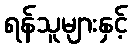
ရန်သူများနှင့်